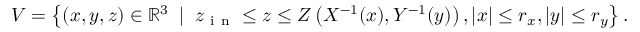
V = \left\{ ( x , y , z ) \in \mathbb { R } ^ { 3 } \; \mid \; z _ { \mathrm { ~ i ~ n ~ } } \le z \le Z \left( X ^ { - 1 } ( x ) , Y ^ { - 1 } ( y ) \right) , \vert x \vert \le r _ { x } , \vert y \vert \le r _ { y } \right\} .